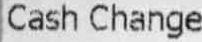
CASH CHANGE